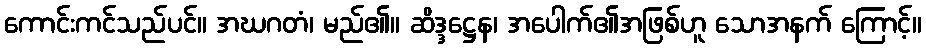
ကောင်းကင်သည်ပင်။ အဃဂတံ၊ မည်၏။ ဆိဒ္ဒဋ္ဌေန၊ အပေါက်၏အဖြစ်ဟူ သောအနက် ကြောင့်။